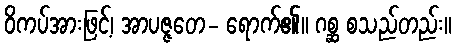
ဝိကပ်အားဖြင့်၊ အာပဇ္ဇတေ- ရောက်၏။ ဂစ္ဆ စသည်တည်း။